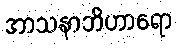
အာသနာဘိဟာရော